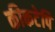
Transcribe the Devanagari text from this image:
कीकटेपि